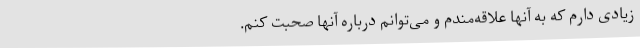
زیادی دارم که به آنها علاقه‌مندم و می‌توانم درباره آنها صحبت کنم.